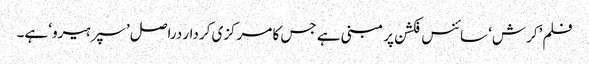
فلم ’کرش‘ سائنس فکشن پر مبنی ہے جس کا مرکزی کردار دراصل ’سپرہیرو‘ ہے۔